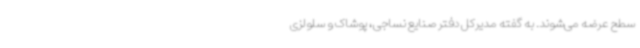
سطح عرضه می‌شوند. به گفته مدیرکل دفتر صنایع نساجی، پوشاک و سلولزی